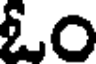
ఓం